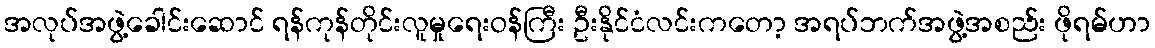
အလုပ်အဖွဲ့ခေါင်းဆောင် ရန်ကုန်တိုင်းလူမှုရေးဝန်ကြီး ဦးနိုင်ငံလင်းကတော့ အရပ်ဘက်အဖွဲ့အစည်း ဖိုရမ်ဟာ